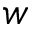
w